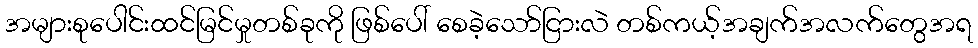
အများစုပေါင်းထင်မြင်မှုတစ်ခုကို ဖြစ်ပေါ် စေခဲ့သော်ငြားလဲ တစ်ကယ့်အချက်အလက်တွေအရ